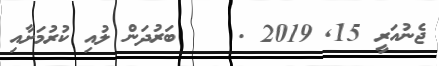
ޖެނުއަރީ 15